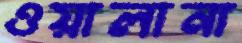
ওয়ালানা